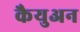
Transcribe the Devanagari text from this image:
कैयुअन